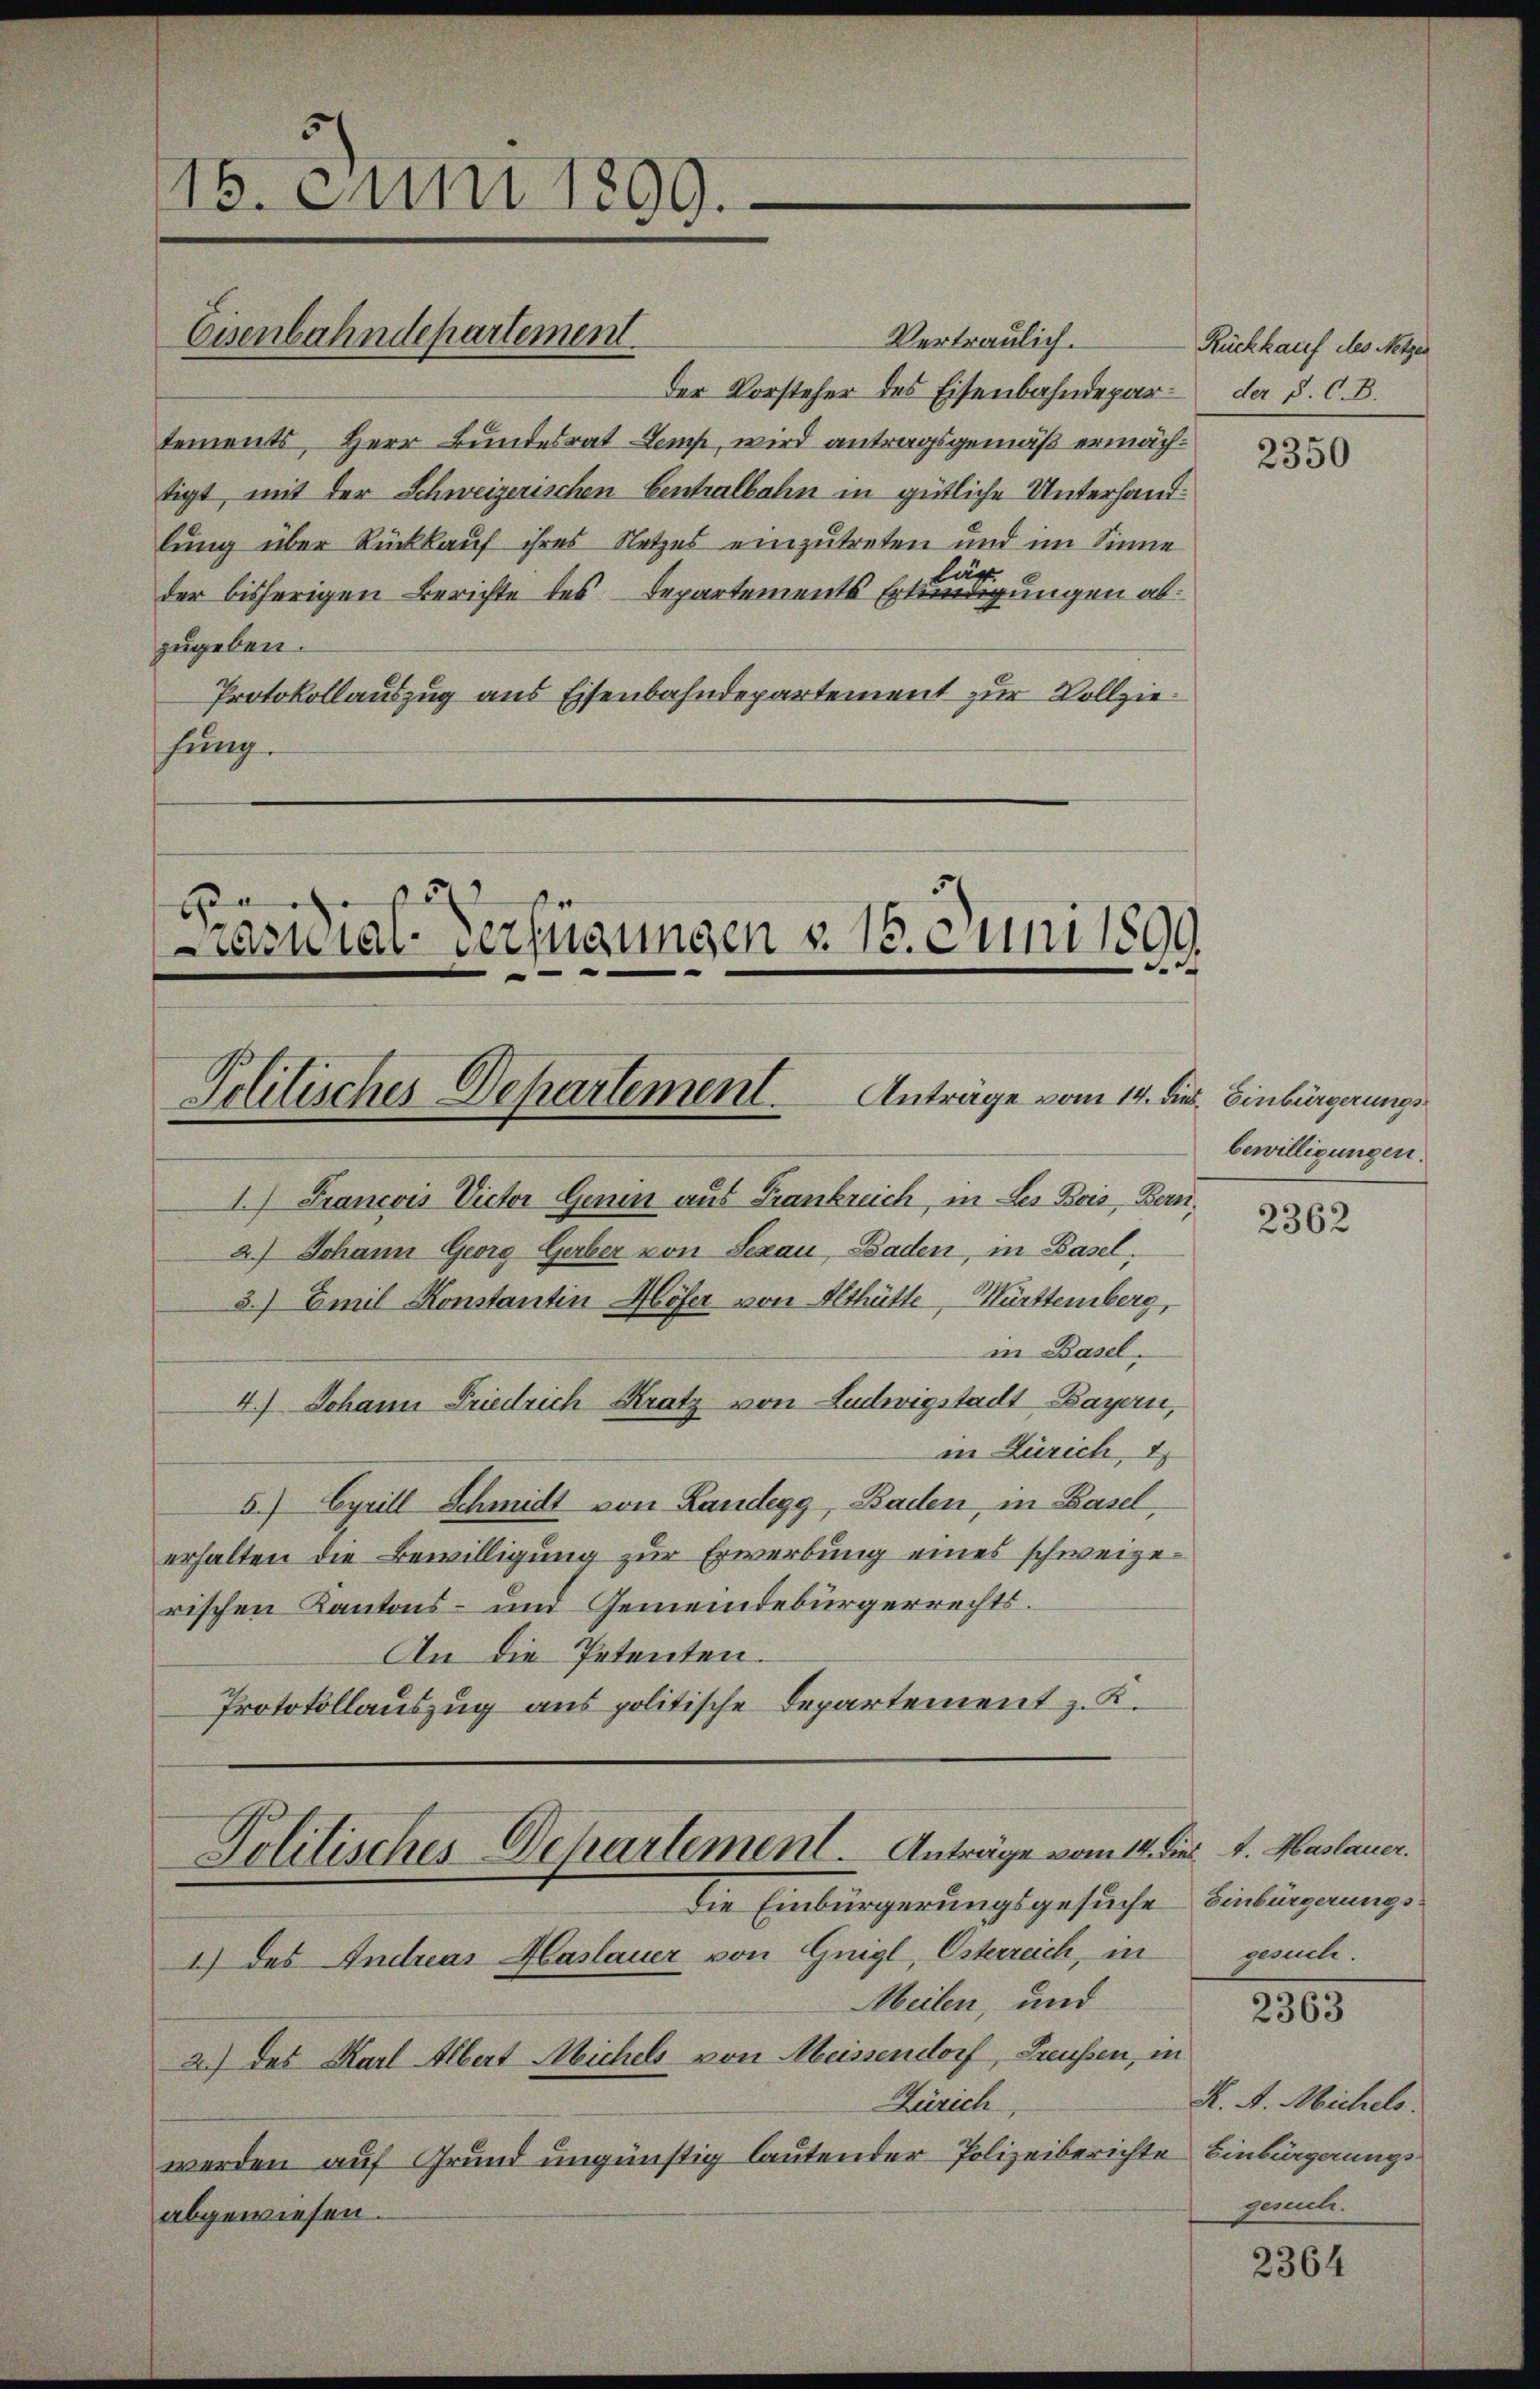
5
15. Juni 1899.

Vertraulich.
Der Vorsteher des Eisenbahndepartements, Herr Bundesrat Lemp, wird antragsgemäß ermächtigt, mit der Schweizerischen Centralbahn in gütliche Unterhandlung über Rückkauf ihres Netzes einzutreten und im Sinne
lun
der bisherigen Berichte des Departements Erkundigungen abzugeben.
Protokollauszug aus Eisenbahndepartement zur Vollziehung.

1.) Francois Victor Genen aus Frankreich, in Les Bois, Bern,
2.) Johann Georg Gerber von Sezau, Baden, in Basel,
3.) Emil Konstantin Höfer von Althütte, Württemberg,
in Basel.
4.) Johann Friedrich Kratz von Ludwigstadt Bayern,
in Zürich, 1
5.) Cyrill Schmidt von Landegg, Baden, in Basel,
erhalten die Bewilligung zur Erwerbung eines schweizerischen Kantons- und Gemeindebürgerrechts¬
An die Petenten.
Protokollauszug aus politische Departement z. K.

Eisenbahndepartement.

18
b
Laenial-Verfügungen v. 18. Juni 1891
Politisches Departement Anträge vom 14. dies Einbürgerungs¬

Politisches Departement. Anträge vom 14.
Die Einbürgerungsgesuche Einbürgerungs¬
1.) des Andreas Haslauer von Guigl, Osterreich, in

.

Meilen, und
2.) des Karl Albert Michels von Meissendorf, Greußen, in
Zürich
werden auf Grund ungünstig lautender Polizeiberichte Einbürgungs
abgewiesen.

Rückkauf des Metzen
der S. C. B.

2350

bewilligungen.

2362

Dies A. Haslauer.
gesuche.

2363

K. A. Michels.
gesuch.

2364